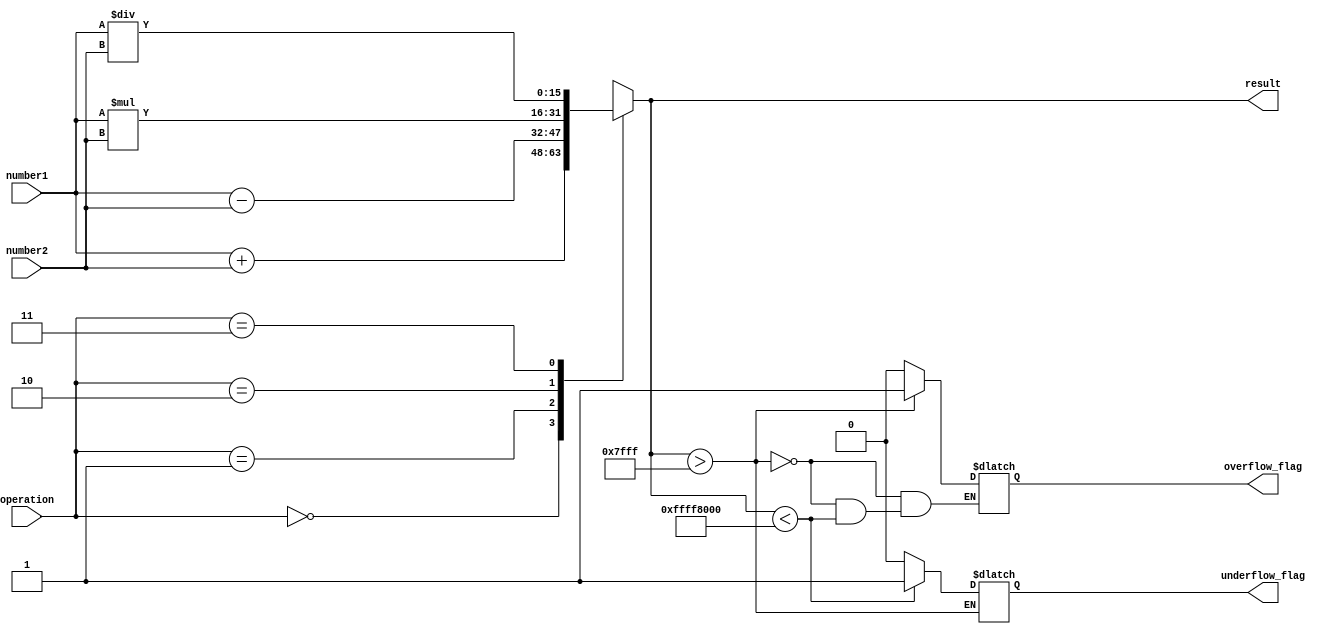
module half_precision_fpu (
    input [15:0] number1,
    input [15:0] number2,
    input [1:0] operation,
    output [15:0] result,
    output overflow_flag,
    output underflow_flag
);

// Adder block
always @(*) begin
    case(operation)
        2'b00: result = number1 + number2; // Addition
        2'b01: result = number1 - number2; // Subtraction
        2'b10: result = number1 * number2; // Multiplication
        2'b11: result = number1 / number2; // Division
    endcase
end

// Checking for overflow and underflow
always @(*) begin
    if(result > 32767) begin
        overflow_flag = 1;
    end
    else if(result < -32768) begin
        underflow_flag = 1;
    end
    else begin
        overflow_flag = 0;
        underflow_flag = 0;
    end
end

endmodule